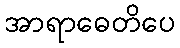
အာရာဓေတိပေ